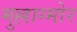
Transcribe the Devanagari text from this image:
मुल्लाग्मोर